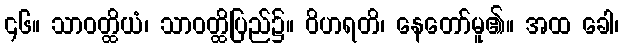
၄၆။ သာဝတ္ထိယံ၊ သာဝတ္ထိပြည်၌။ ဝိဟရတိ၊ နေတော်မူ၏။ အထ ခေါ၊